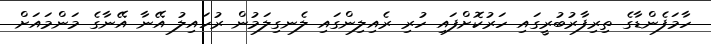
ހާމަފެންޑާގެ ތިރިފާރުބުރީގައި ހަރުކޮށްފައި ހުރި ރެއިލިންގައި ލެނގިލަމުން ރުހައިލު އޭނާ އޭނާގެ މަންމައަށް